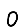
Digit: 0